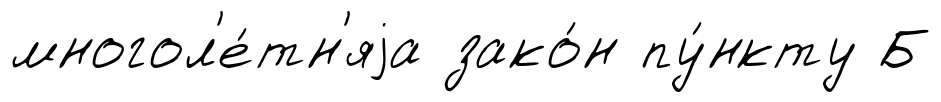
многол'е́тн'яjа зако́н пу́нкту Б